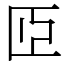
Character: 𦣝